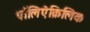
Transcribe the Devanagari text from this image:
पॉलिऐक्रिलिक